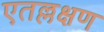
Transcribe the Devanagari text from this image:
एतल्लक्षण